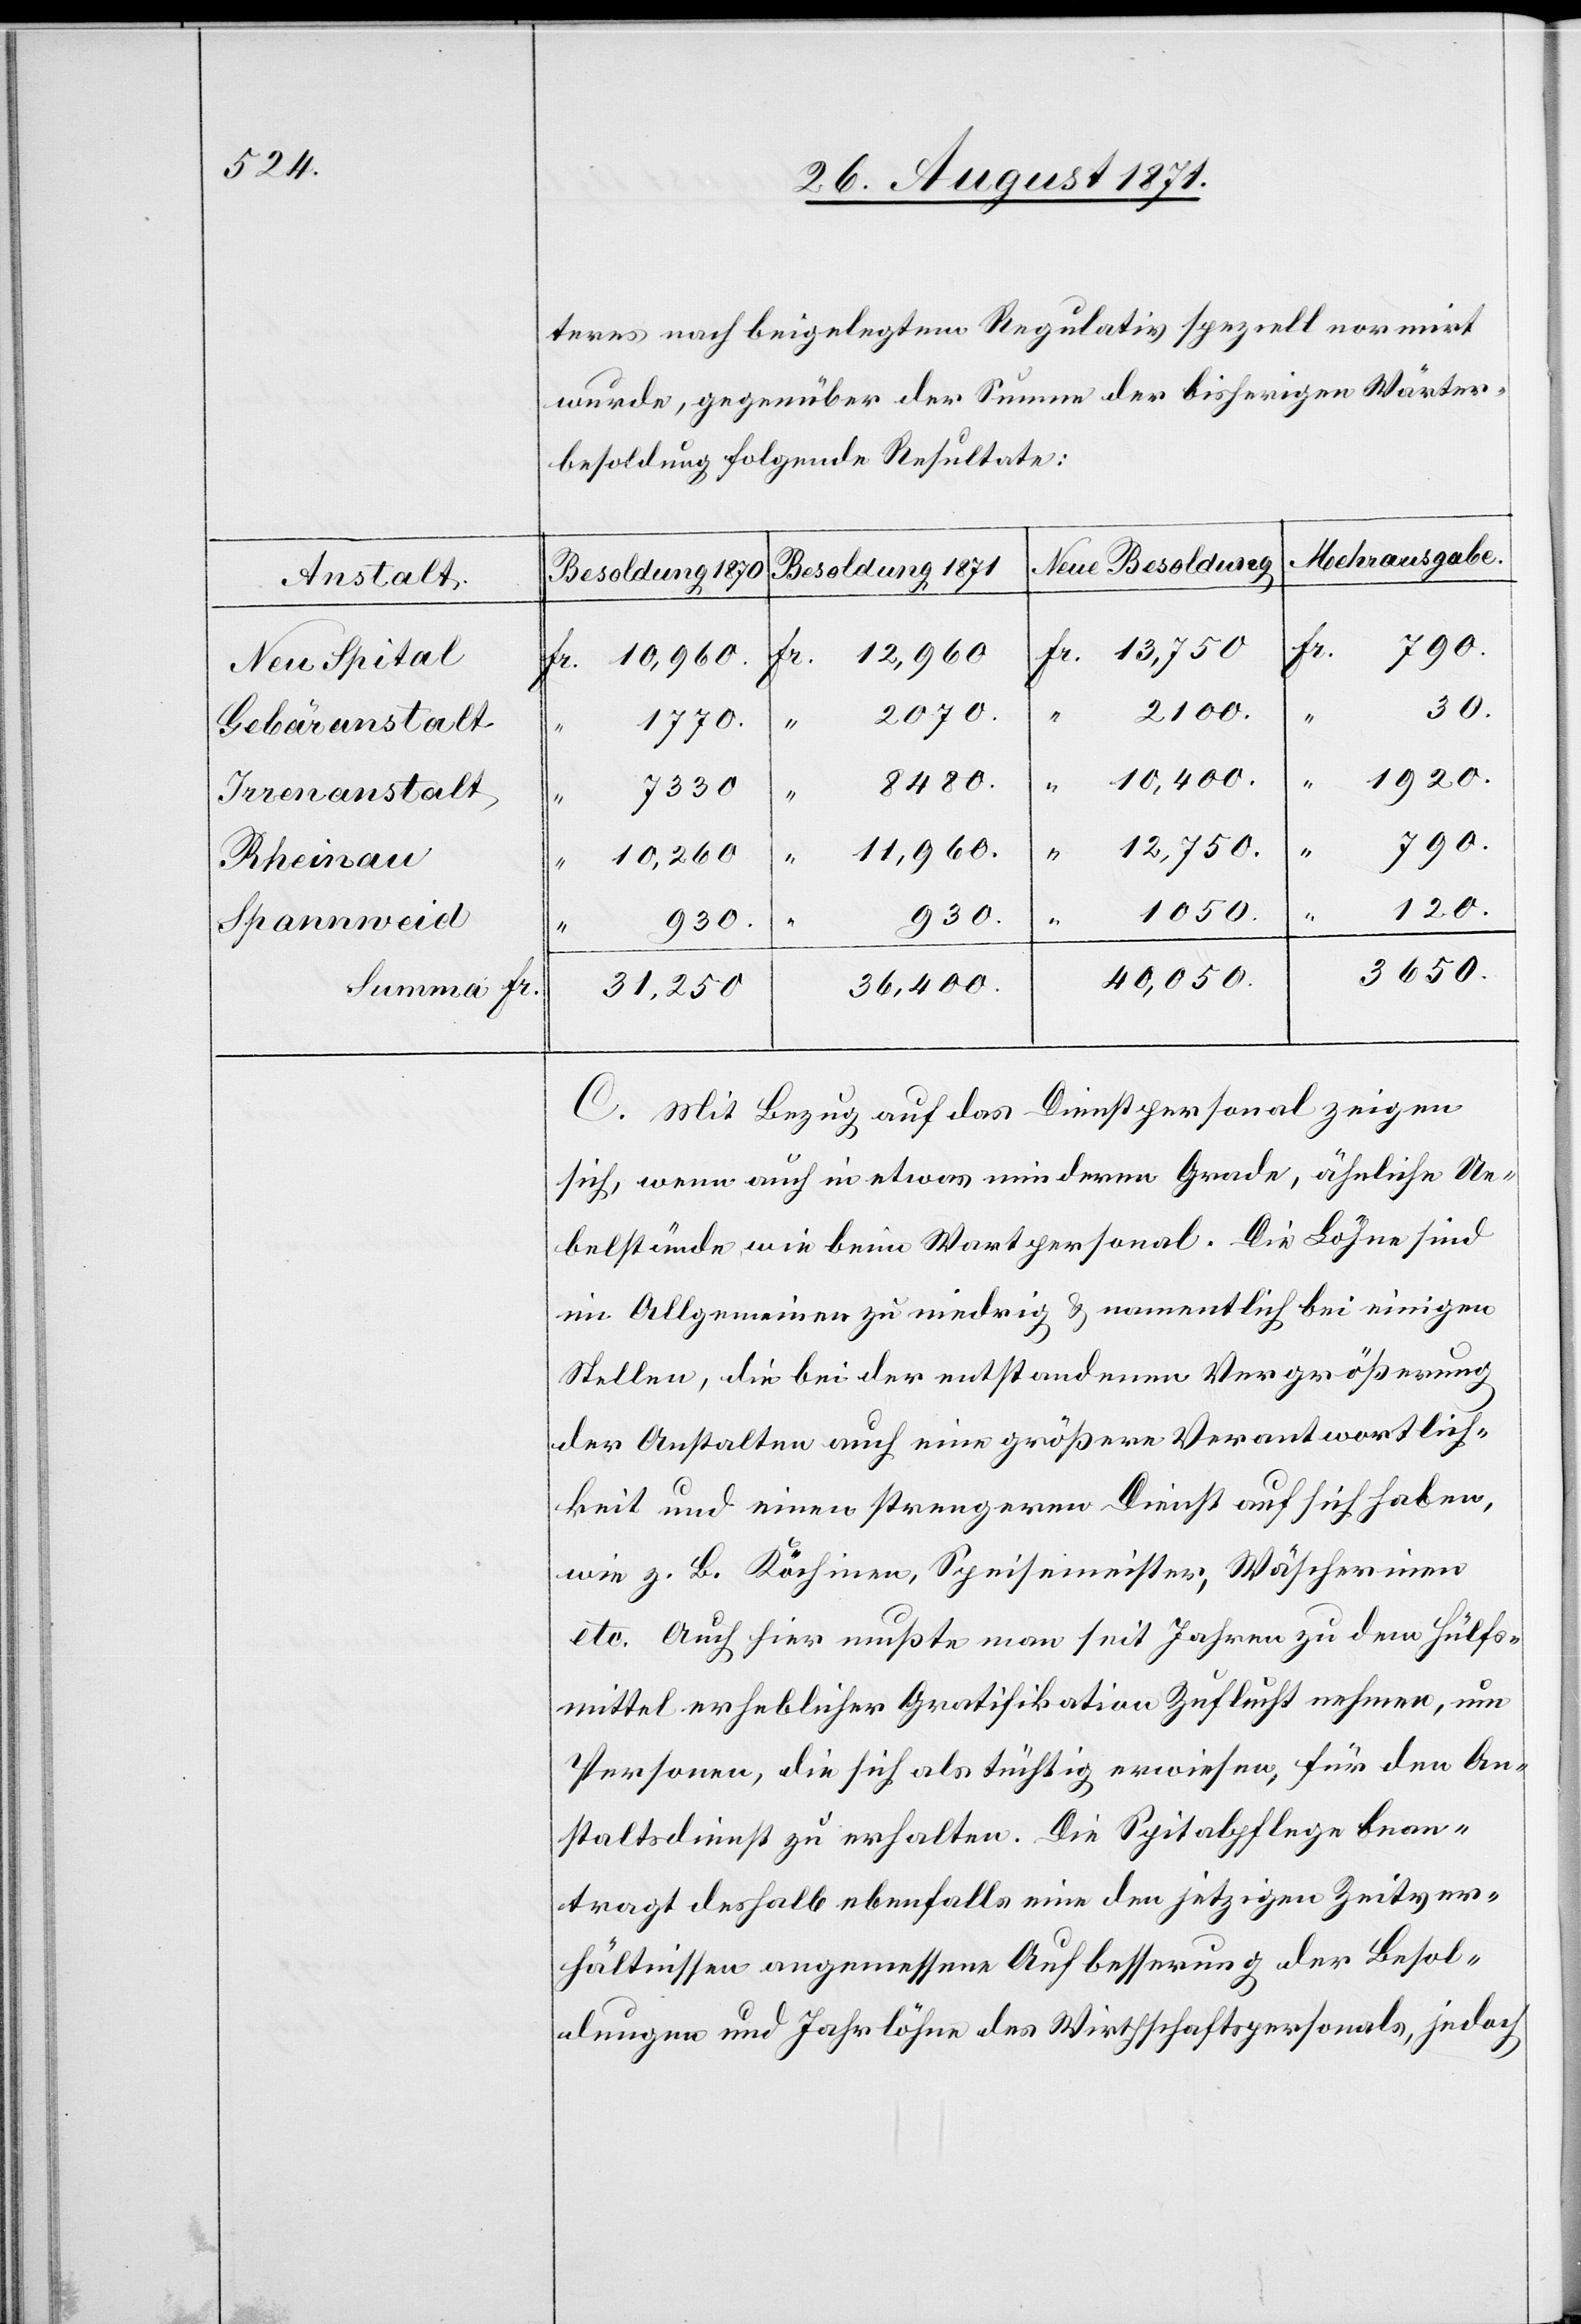
Anstalt
Neu Spital
Gebäranstalt
Irrenanstalt
Rheinau
Summa Fr.

teres nach beigelegtem Regulativ speziell normirt
wurde, gegenüber der Summe der bisherigen Wärter¬
besoldung folgende Resultate:
Mehrausgabe.
Neue Besoldung
Besoldung 1871
30.
2100.
2070.
“
12,750.
1920.
8480.
7330
“
790.
11,960.
Fr.
10,260
“
40,500.
120.
930.
“
930.
3650.
36,400.
31,250
C. Mit Bezug auf das Dienstpersonal zeigen
sich, wenn auch in etwas minderem Grade, ähnliche Ue¬
belstände, wie beim Wartpersonal. Die Löhne sind
im Allgemeinen zu niedrig & namentlich bei einigen
Stellen, die bei der entstandenen Vergrößerung
der Anstalten auch eine größere Verantwortlich¬
keit und einen strengeren Dienst auf sich haben,
wie z. B. Köchinen, Speisemeister; Wäscherinen
etc. Auch hier mußte man seit Jahren zu dem Hülfs¬
mittel erheblicher Gratifikation Zuflucht nehmen, um
Personen, die sich als tüchtig erwiesen, für den An¬
staltsdienst zu erhalten. Die Spitalpflege bean¬
tragt deshalb ebenfalls eine den jetzigen Zeitver¬
hältnissen angemessene Aufbesserung der Besol¬
dungen und Jahrlöhne des Wirtschaftspersonals, jedoch